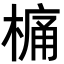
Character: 𣘋